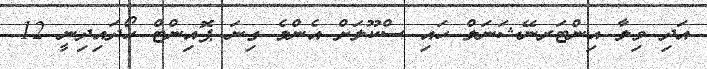
އަދި ވިލާ އިންޓަރނޭޝަނަލް ހައި ސްކޫލަށް އެންމެ ގިނަ ޕޮއިންޓް ހޯދައިދިނީ 12